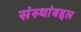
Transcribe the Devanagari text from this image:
संस्थांबद्दल